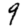
Digit: 9